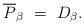
\begin{align*}\overline{P}_{\beta} ~=~ D_{\beta}.\end{align*}